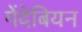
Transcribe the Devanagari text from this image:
गेंदेबियन